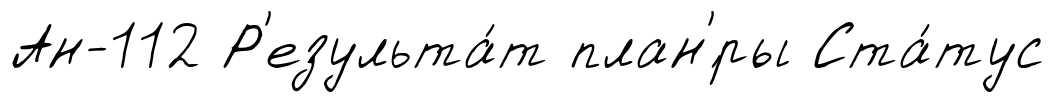
Ан-112 Р'езульта́т план'́ры Ста́тус